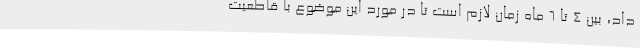
داد، بین 4 تا 6 ماه زمان لازم است تا در مورد این موضوع با قاطعیت